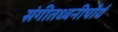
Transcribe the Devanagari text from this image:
संगीतध्वनीचौर्य